Sketch of the medical history of the native army of Bombay, for the year
Year: 1876
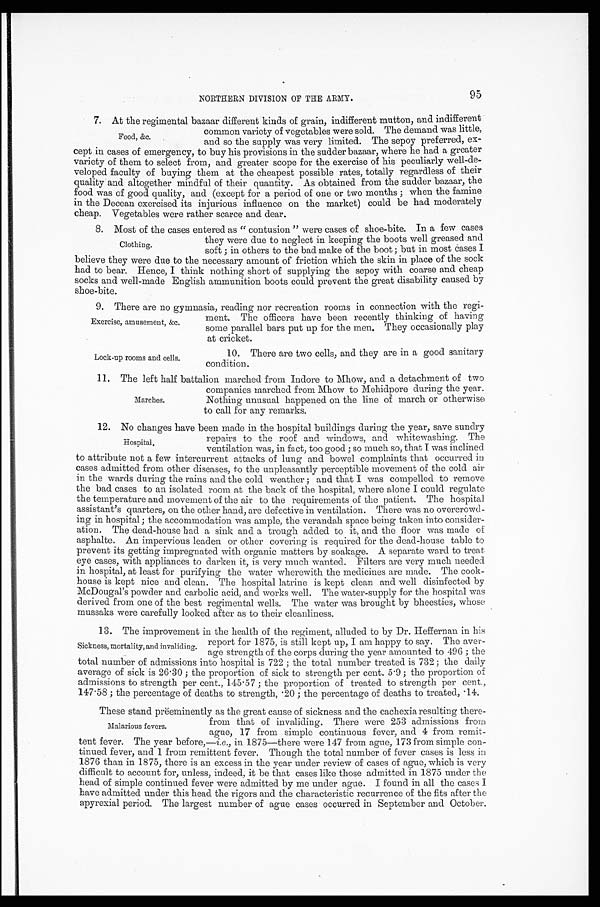
95
NORTHERN DIVISION OF THE ARMY.
7. At the regimental bazaar different kinds of grain, indifferent mutton, and indifferent
common variety of vegetables were sold. The demand was little,
and so the supply was very limited. The sepoy preferred, ex--
cept in cases of emergency, to buy his provisions in the sudder bazaar, where he had a greater
variety of them to select from, and greater scope for the exercise of his peculiarly well-de--
veloped faculty of buying them at the cheapest possible rates, totally regardless of their
quality and altogether mindful of their quantity. As obtained from the sudder bazaar, the
food was of good quality, and (except for a period of one or two months; when the famine
in the Decean exercised its injurious influence on the market) could be had moderately
cheap. Vegetables were rather scarce and dear.
8. Most of the cases entered as "contusion " were cases of shoe-bite. In a few cases
they were due to neglect in keeping the boots well greased and
soft; in others to the bad make of the boot; but in most cases I
believe they were due to the necessary amount of friction which the skin in place of the sock
had to bear. Hence, I think nothing short of supplying the sepoy with coarse and cheap
socks and well-made English ammunition boots could prevent the great disability caused by
shoe-bite.
9. There are no gymnasia, reading nor recreation rooms in connection with the regi-
-ment. The officers have been recently thinking of having
some parallel bars put up for the men. They occasionally play
at cricket.
Food, &c.
Clothing.
Exercise, amusement, &c.
Lock-up rooms and cells.
10. There are two cells, and they are in a good sanitary
condition.
1 1 . T h e l e f t h a l f b a t t a l i o n m a r c h e d f r o m I n d o r e t o M h o w , a n d a d e t a c h m e n t o f t w o
companies marched from Mhow to Mehidpore during the year.
Nothing unusual happened on the line of march or otherwise
to call for any remarks.
12. No changes have been made in the hospital buildings during the year, save sundry
repairs to the roof and windows, and whitewashing. The
ventilation was, in fact, too good; so much so, that I was inclined
to attribute not a few intercurrent attacks of lung and bowel complaints that occurred in
cases admitted from other diseases, to the unpleasantly perceptible movement of the cold air
in the wards during the rains and the cold weather; and that I was compelled to remove
the bad cases to an isolated room at the back of the hospital, where alone I could regulate
the temperature and movement of the air to the requirements of the patient. The hospital
assistant's quarters, on the other hand, are defective in ventilation. There was no overcrowd
-ing in hospital; the accommodation was ample, the verandah space being taken into consider--
ation. The dead-house had a sink and a trough added to it, and the floor was made of
asphalte. An impervious leaden or other covering is required for the dead-house table to
prevent its getting impregnated with organic matters by soakage. A separate ward to treat
eye cases, with appliances to darken it, is very much wanted. Filters are very much needed
in hospital, at least for purifying the water wherewith the medicines are made. The cook
-house is kept nice and clean. The hospital latrine is kept clean and well disinfected by
McDougal's powder and carbolic acid, and works well. The water-supply for the hospital was
derived from one of the best regimental wells. The water was brought by bheesties, whose
mussaks were carefully looked after as to their cleanliness.
13. The improvement in the health of the regiment, alluded to by Dr. Heffernan in his
report for 1875, is still kept up, I am happy to say. The aver
-age strength of the corps during the year amounted to 496; the
total number of admissions into hospital is 722; the total number treated is 732; the daily
average of sick is 26.30; the proportion of sick to strength per cent. 5.9; the proportion of
admissions to strength per cent., 145.57; the proportion of treated to strength per cent.,
147.58; the percentage of deaths to strength, .20; the percentage of deaths to treated, .14.
These stand prëeminently as the great cause of sickness and the cachexia resulting there -
from that of invaliding. There were 253 admissions from
ague, 17 from simple continuous fever, and 4 from remit -
tent fever. The year before,— i.e., in 1875—there were 147 from ague, 173 from simple con -
tinued fever, and 1 from remittent fever. Though the total number of fever cases is less in
1876 than in 1875, there is an excess in the year under review of cases of ague, which is very
difficult to account for, unless, indeed, it be that cases like those admitted in 1875 under the
head of simple continued fever were admitted by me under ague. I found in all the cases I
have admitted under this head the rigors and the characteristic recurrence of the fits after the
apyrexial period. The largest number of ague cases occurred in September and October.
Marches.
Hospital.
Sickness, mortality, and invaliding.
Malarious fevers.